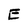
Character: E